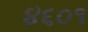
૪૬૦૧